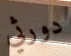
دورثي